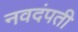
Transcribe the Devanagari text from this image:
नवदंपती